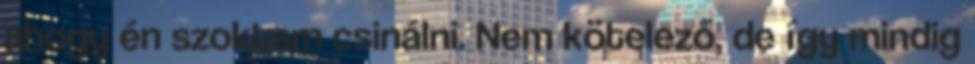
ahogy én szoktam csinálni. Nem kötelező, de így mindig